Resolution. No. 1369 Ex.
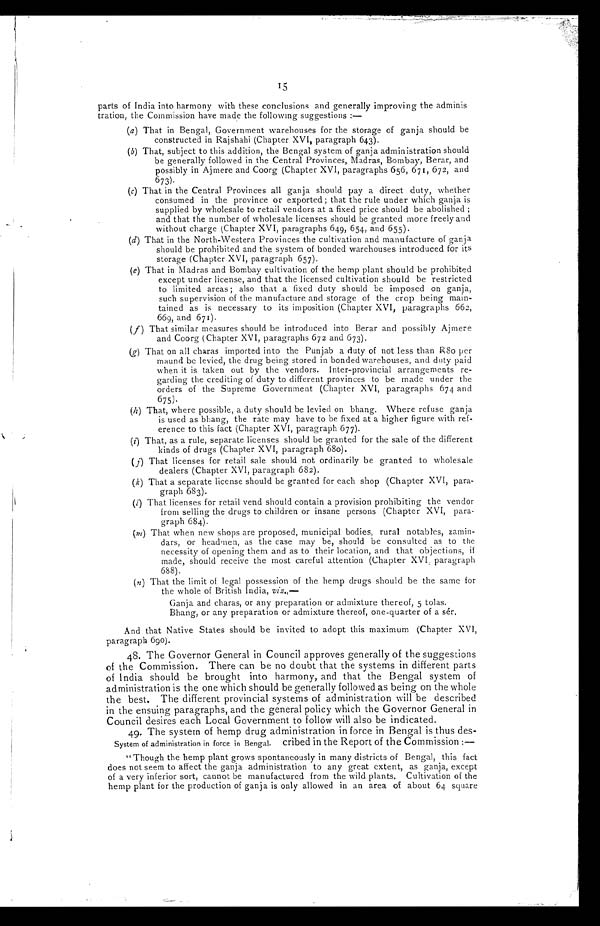
15
parts of India into harmony with these conclusions and generally improving the adminis
tration, the Commission have made the following suggestions : —
(a) That in Bengal, Government warehouses for the storage of ganja should be
constructed in Rajshahi (Chapter XVI, paragraph 643).
(b) That, subject to this addition, the Bengal system of ganja administration should
be generally followed in the Central Provinces, Madras, Bombay, Berar, and
possibly in Ajmere and Coorg (Chapter XVI, paragraphs 656, 671, 672, and
673).
(c) That in the Central Provinces all ganja should pay a direct duty, whether
consumed in the province or exported ; that the rule under which ganja is
supplied by wholesale to retail vendors at a fixed price should be abolished ;
and that the number of wholesale licenses should be granted more freely and
without charge (Chapter XVI, paragraphs 649, 654, and 655).
(d) That in the North-Western Provinces the cultivation and manufacture of ganja
should be prohibited and the system of bonded warehouses introduced for its
storage (Chapter XVI, paragraph 657).
(e) That in Madras and Bombay cultivation of the hemp plant should be prohibited
except under license, and that the licensed cultivation should be restricted
to limited areas ; also that a fixed duty should be imposed on ganja,
such supervision of the manufacture and storage of the crop being main-
tained as is necessary to its imposition (Chapter XVI, paragraphs 662,
669, and 671).
( f) That similar measures should be introduced into Berar and possibly Ajmere
and Coorg (Chapter XVI, paragraphs 672 and 673).
(g) That on all charas imported into the Punjab a duty of not less than R80 per
maund be levied, the drug being stored in bonded warehouses, and duty paid
when it is taken out by the vendors. Inter-provincial arrangements re-
garding the crediting of duty to different provinces to be made under the
orders of the Supreme Government (Chapter XVI, paragraphs 674 and
675).
(h) That, where possible, a duty should be levied on bhang. Where refuse ganja
is used as bhang, the rate may have to be fixed at a higher figure with ref-
erence to this fact (Chapter XVI, paragraph 677).
(i) That, as a rule, separate licenses should be granted for the sale of the different
kinds of drugs (Chapter XVI, paragraph 680).
( j) That licenses for retail sale should not ordinarily be granted to wholesale
dealers (Chapter XVI, paragraph 682).
(k) That a separate license should be granted for each shop (Chapter XVI, para-
graph 683).
(l) That licenses for retail vend should contain a provision prohibiting the vendor
from selling the drugs to children or insane persons (Chapter XVI, para-
graph 684).
(m) That when new shops are proposed, municipal bodies, rural notables, zamin-
dars, or headmen, as the case may be, should be consulted as to the
necessity of opening them and as to their location, and that objections, if
made, should receive the most careful attention (Chapter XVI, paragraph
688).
(n) That the limit of legal possession of the hemp drugs should be the same for
the whole of British India, viz.,—
Ganja and charas, or any preparation or admixture thereof, 5 tolas.
Bhang, or any preparation or admixture thereof, one-quarter of a sér,
And that Native States should be invited to adopt this maximum (Chapter XVI,
paragraph 690).
48. The Governor General in Council approves generally of the suggestions
of the Commission. There can be no doubt that the systems in different parts
of India should be brought into harmony, and that the Bengal system of
administration is the one which should be generally followed as being on the whole
the best. The different provincial systems of administration will be described
in the ensuing paragraphs, and the general policy which the Governor General in
Council desires each Local Government to follow will also be indicated.
49. The system of hemp drug administration in force in Bengal is thus des-
System of administration in force in Bengal. cribed in the Report of the Commission : —
"Though the hemp plant grows spontaneously in many districts of Bengal, this fact
does not seem to affect the ganja administration to any great extent, as ganja, except
of a very inferior sort, cannot be manufactured from the wild plants. Cultivation of the
hemp plant for the production of ganja is only allowed in an area of about 64 square